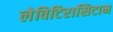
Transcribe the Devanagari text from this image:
लेविटिरासिटाम